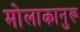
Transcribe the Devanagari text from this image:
मोलाकानुरू